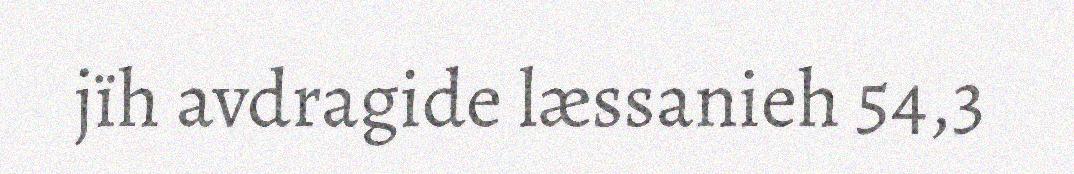
jïh avdragide læssanieh 54,3